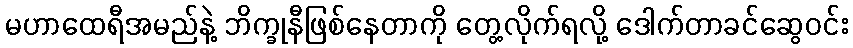
မဟာထေရီအမည်နဲ့ ဘိက္ခုနီဖြစ်နေတာကို တွေ့လိုက်ရလို့ ဒေါက်တာခင်ဆွေဝင်း